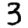
Digit: 3